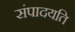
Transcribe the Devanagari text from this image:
संपादयति